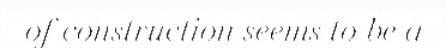
of construction seems to be a